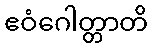
ဧဝံဂေါတ္တာတိ